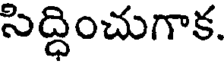
సిద్ధించుగాక.